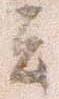
者